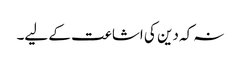
نہ کہ دین کی اشاعت کے لیے۔